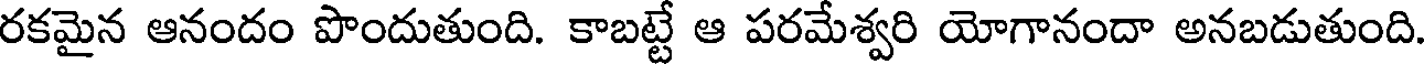
రకమైన ఆనందం పొందుతుంది. కాబట్టే ఆ పరమేశ్వరి యోగానందా అనబడుతుంది